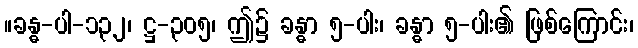
။ခန္ဓ-ပါ-၁၃၂၊ ဋ္ဌ-၃၀၅၊ ဤ၌ ခန္ဓာ ၅-ပါး၊ ခန္ဓာ ၅-ပါး၏ ဖြစ်ကြောင်း၊